Source: Handwritten
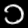
Digit: ၁ (1)